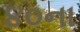
૪૦ના